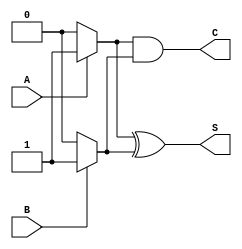
module current_mode_half_adder (
    input wire A,      // Input A
    input wire B,      // Input B
    output wire S,     // Sum output
    output wire C      // Carry output
);

// Internal signals for current representation (high and low)
wire A_current;      // Represents current level of A
wire B_current;      // Represents current level of B

// Assign current levels based on input logic levels
assign A_current = A ? 1'b1 : 1'b0;  // Current flows if A is high
assign B_current = B ? 1'b1 : 1'b0;  // Current flows if B is high

// XOR Logic for Sum output (S = A  B)
assign S = A_current ^ B_current;     // Sum is high when A and B are different

// AND Logic for Carry output (C = A  B)
assign C = A_current & B_current;     // Carry is high when both A and B are high

endmodule